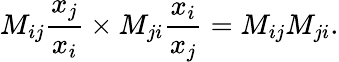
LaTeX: M_{ij}\frac{x_{j}}{x_{i}}\times M_{ji}\frac{x_{i}}{x_{j}}=M_{ij}M_{ji}.